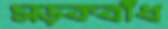
সড়কবাঁধ